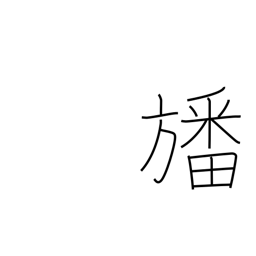
Meaning: a pennant